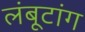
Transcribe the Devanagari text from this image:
लंबूटांग